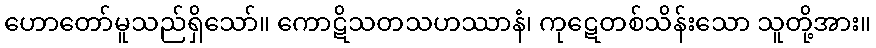
ဟောတော်မူသည်ရှိသော်။ ကောဋိသတသဟဿာနံ၊ ကုဋေတစ်သိန်းသော သူတို့အား။